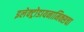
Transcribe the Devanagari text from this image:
इलेक्ट्रोडायनामिक्सचा